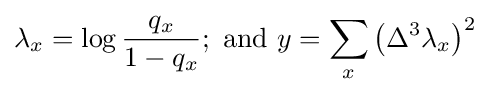
\lambda _{x}=\log {\frac {q_{x}}{1-q_{x}}};{\mbox{ and }}y=\sum _{x}\left(\Delta ^{3}\lambda _{x}\right)^{2}